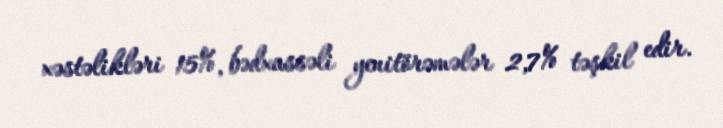
xəstəlikləri 15%, bədxassəli yenitörəmələr 2,7% təşkil edir.